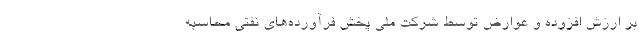
بر ارزش افزوده و عوارض توسط شرکت ملی پخش فرآورده‌های نفتی محاسبه